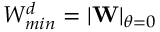
W _ { m i n } ^ { d } = | \mathbf { W } | _ { \theta = 0 }